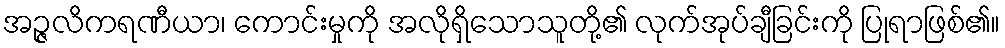
အဉ္ဇလိကရဏီယာ၊ ကောင်းမှုကို အလိုရှိသောသူတို့၏ လုက်အုပ်ချီခြင်းကို ပြုရာဖြစ်၏။